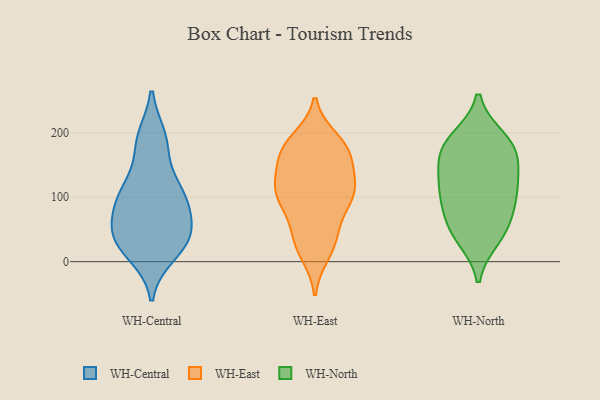
{"axis": {"x": "Headcount", "y": "Value"}, "legend": ["WH-Central", "WH-East", "WH-North"], "data": [{"x": "", "y": 192, "type": "WH-Central"}, {"x": "", "y": 91, "type": "WH-Central"}, {"x": "", "y": 47, "type": "WH-Central"}, {"x": "", "y": 12, "type": "WH-Central"}, {"x": "", "y": 47, "type": "WH-Central"}, {"x": "", "y": 92, "type": "WH-Central"}, {"x": "", "y": 32, "type": "WH-Central"}, {"x": "", "y": 110, "type": "WH-Central"}, {"x": "", "y": 36, "type": "WH-Central"}, {"x": "", "y": 114, "type": "WH-Central"}, {"x": "", "y": 182, "type": "WH-Central"}, {"x": "", "y": 161, "type": "WH-East"}, {"x": "", "y": 175, "type": "WH-East"}, {"x": "", "y": 48, "type": "WH-East"}, {"x": "", "y": 121, "type": "WH-East"}, {"x": "", "y": 97, "type": "WH-East"}, {"x": "", "y": 103, "type": "WH-East"}, {"x": "", "y": 106, "type": "WH-East"}, {"x": "", "y": 24, "type": "WH-East"}, {"x": "", "y": 58, "type": "WH-East"}, {"x": "", "y": 97, "type": "WH-East"}, {"x": "", "y": 189, "type": "WH-East"}, {"x": "", "y": 105, "type": "WH-East"}, {"x": "", "y": 161, "type": "WH-East"}, {"x": "", "y": 173, "type": "WH-East"}, {"x": "", "y": 167, "type": "WH-East"}, {"x": "", "y": 185, "type": "WH-East"}, {"x": "", "y": 125, "type": "WH-East"}, {"x": "", "y": 116, "type": "WH-East"}, {"x": "", "y": 13, "type": "WH-East"}, {"x": "", "y": 29, "type": "WH-East"}, {"x": "", "y": 116, "type": "WH-North"}, {"x": "", "y": 47, "type": "WH-North"}, {"x": "", "y": 83, "type": "WH-North"}, {"x": "", "y": 121, "type": "WH-North"}, {"x": "", "y": 165, "type": "WH-North"}, {"x": "", "y": 165, "type": "WH-North"}, {"x": "", "y": 191, "type": "WH-North"}, {"x": "", "y": 189, "type": "WH-North"}, {"x": "", "y": 53, "type": "WH-North"}, {"x": "", "y": 94, "type": "WH-North"}, {"x": "", "y": 120, "type": "WH-North"}, {"x": "", "y": 37, "type": "WH-North"}, {"x": "", "y": 169, "type": "WH-North"}]}